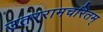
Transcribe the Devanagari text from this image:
उतररामचरितम्‌